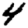
Digit: 4